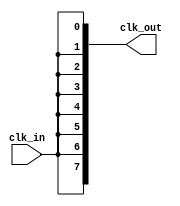
module high_fanout_clock_buffer (
    input wire clk_in,           // Input clock signal
    output wire [NUM_OUTPUTS-1:0] clk_out // Multiple output clock signals
);
    // Parameter to define the number of outputs
    parameter NUM_OUTPUTS = 8; // Adjust as needed for your design

    // Generate the output clock signals
    genvar i;
    generate
        for (i = 0; i < NUM_OUTPUTS; i = i + 1) begin : clk_buffer
            // Buffering the clock signal to each output
            assign clk_out[i] = clk_in;
        end
    endgenerate

endmodule